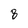
Character: 8